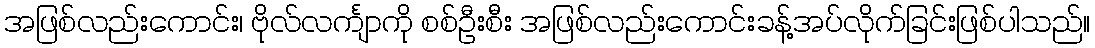
အဖြစ်လည်းကောင်း၊ ဗိုလ်လင်္ကျာကို စစ်ဦးစီး အဖြစ်လည်းကောင်းခန့်အပ်လိုက်ခြင်းဖြစ်ပါသည်။